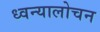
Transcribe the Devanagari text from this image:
ध्वन्यालोचन